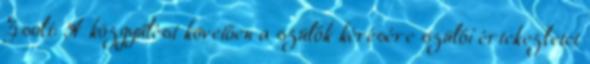
Zsolt: A közgyűlést követően a szülők kérésére szülői értekezletet